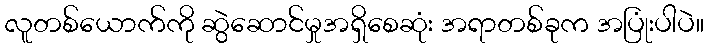
လူတစ်ယောက်ကို ဆွဲဆောင်မှုအရှိစေဆုံး အရာတစ်ခုက အပြုံးပါပဲ။